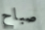
صباح